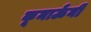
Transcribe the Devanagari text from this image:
कूमाऊँनी